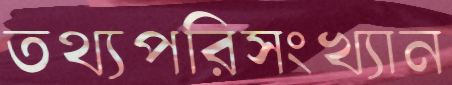
তথ্যপরিসংখ্যান